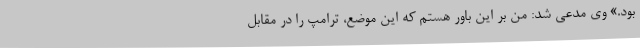
بود.» وی مدعی شد: من بر این باور هستم که این موضع، ترامپ را در مقابل